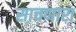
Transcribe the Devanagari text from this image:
साचणारा